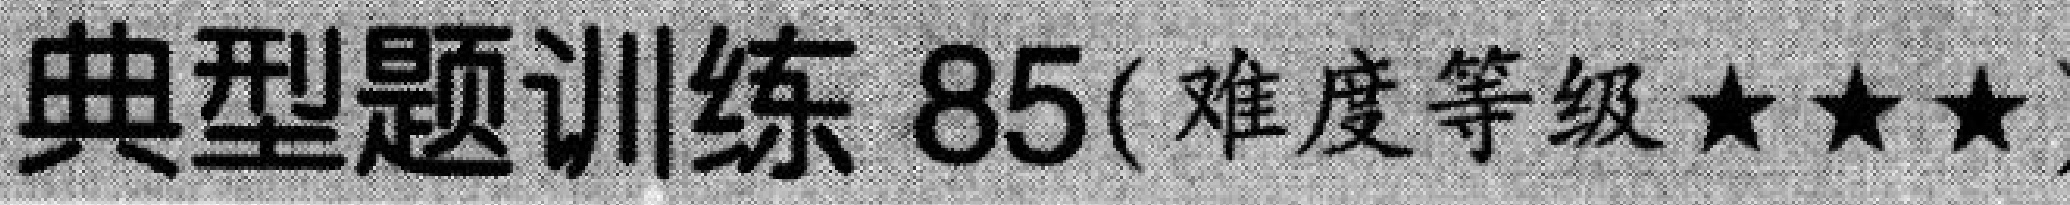
典型题训练 85( 难度等级★★★)